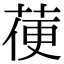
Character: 𦳄